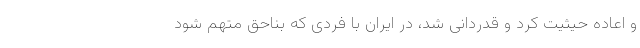
و اعاده حیثیت کرد و قدردانی شد، در ایران با فردی که بناحق متهم شود